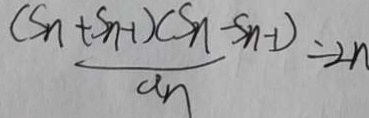
\frac { ( S n + S n - 1 ) ( S n - S n - 1 ) } { a n } \div 2 n